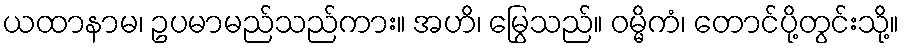
ယထာနာမ၊ ဥပမာမည်သည်ကား။ အဟိ၊ မြွေသည်။ ဝမ္မိကံ၊ တောင်ပို့တွင်းသို့။